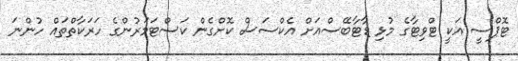
ޓޮޕްސީ އަކީ ޓްވިޓާގެ މުޅި ޑާޓާބޭސްއަށް އެކްސަސް ކޮށްގެން ކަސްޓަމަރުންގެ ހަރަކާތްތައް ހުންނަ